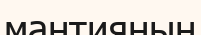
мантияның